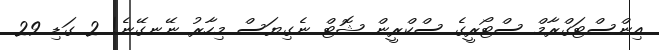
އިންސްޓަގްރާމް ސްޓޯރީގެ ސްކްރީން ޝޮޓް ނެގިޔަސް މިހާރު ނޭނގޭނެ! 2 ގަޑި 29